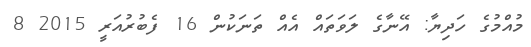
މުއްމުގެ ހަދިޔާ: އޭނާގެ ލަވަތައް އެއް ތަނަކުން 16 ފެބުރުއަރީ 2015 8